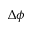
\Delta \phi \quad \;